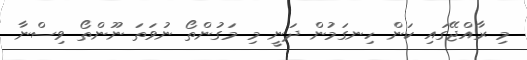
މި ރާއްޖޭގައި ކަން ހިނގަމުން ދަނީ މި މަގުންތޯ ނުވަތަ ނޫންތޯ ވިސްނާ